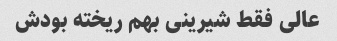
عالی فقط شیرینی بهم ریخته بودش